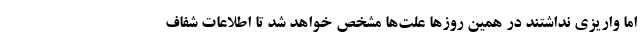
اما واریزی نداشتند در همین روزها علت‌ها مشخص خواهد شد تا اطلاعات شفاف